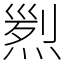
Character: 煭